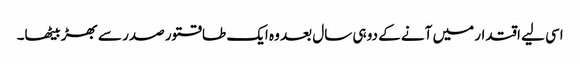
اسی لیے اقتدار میں آنے کے دو ہی سال بعد وہ ایک طاقتور صدر سے بھڑ بیٹھا۔